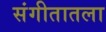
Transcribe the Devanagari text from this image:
संगीतातला